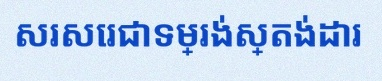
សរសេរជាទម្រង់ស្តង់ដារ